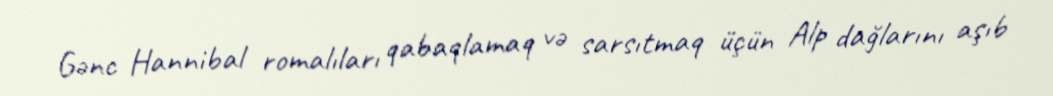
Gənc Hannibal romalıları qabaqlamaq və sarsıtmaq üçün Alp dağlarını aşıb